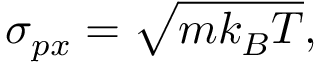
\sigma _ { p x } = \sqrt { m k _ { B } T } ,